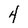
Character: 4